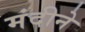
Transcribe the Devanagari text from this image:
मंदीने